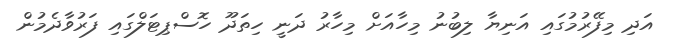
އަދި މިފޭރުމުގައި އަނިޔާ ލިބުނު މިހާއަށް މިހާރު ދަނީ ހިތަދޫ ހޮސްޕިޓަލްގައި ފަރުވާދެމުން